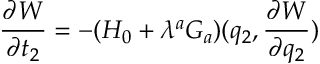
\frac { \partial W } { \partial t _ { 2 } } = - ( H _ { 0 } + \lambda ^ { a } G _ { a } ) ( q _ { 2 } , \frac { \partial W } { \partial q _ { 2 } } )